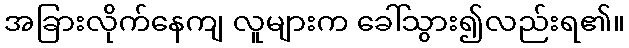
အခြားလိုက်နေကျ လူများက ခေါ်သွား၍လည်းရ၏။